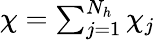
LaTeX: \begin{array}{r}{\chi=\sum_{j=1}^{N_{h}}\chi_{j}}\end{array}